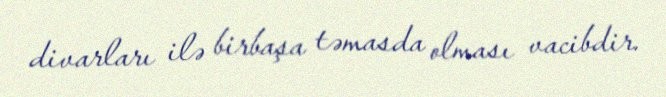
divarları ilə birbaşa təmasda olması vacibdir.